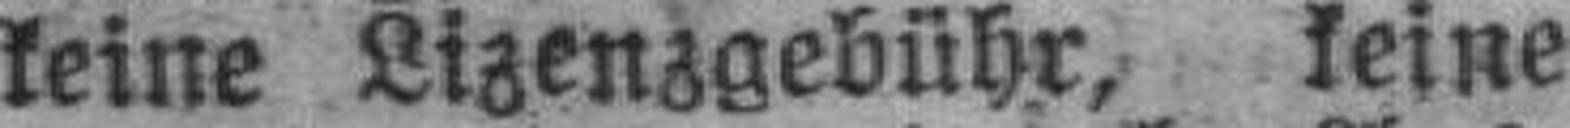
keine Lizenzgebühr, keine